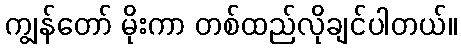
ကျွန်တော် မိုးကာ တစ်ထည်လိုချင်ပါတယ်။